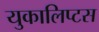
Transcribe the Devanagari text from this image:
युकालिप्टस